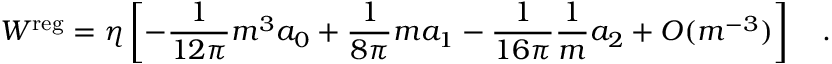
W ^ { \mathrm { \tiny { r e g } } } = \eta \left[ - { \frac { 1 } { 1 2 \pi } } m ^ { 3 } a _ { 0 } + { \frac { 1 } { 8 \pi } } m a _ { 1 } - { \frac { 1 } { 1 6 \pi } } { \frac { 1 } { m } } a _ { 2 } + O ( m ^ { - 3 } ) \right] ~ ~ ~ .